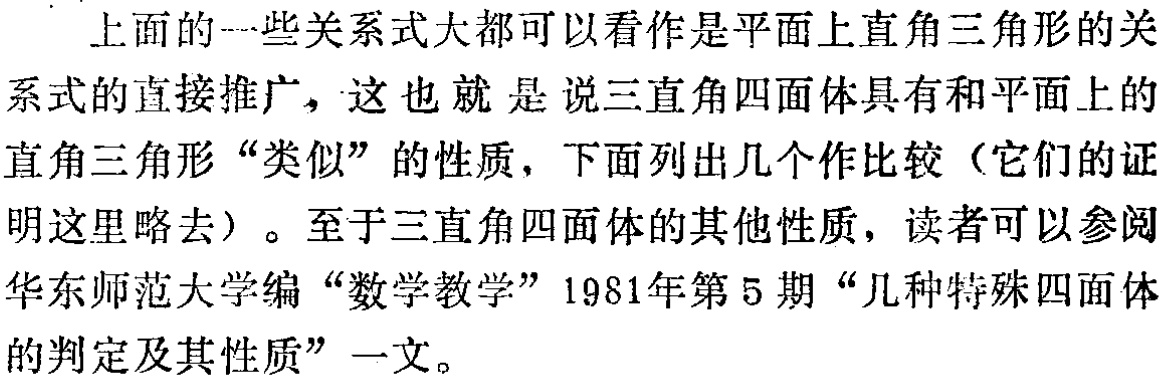
上面的一些关系式大都可以看作是平面上直角三角形的关系式的直接推广，这也就是说三直角四面体具有和平面上的直角三角形“类似”的性质，下面列出几个作比较（它们的证明这里略去）。至于三直角四面体的其他性质，读者可以参阅华东师范大学编“数学教学”1981年第5期“几种特殊四面体的判定及其性质”一文。